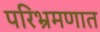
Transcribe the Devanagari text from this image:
परिभ्रमणात